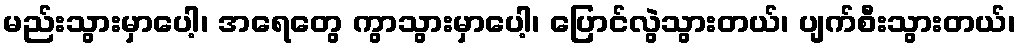
မည်းသွားမှာပေါ့၊ အရေတွေ ကွာသွားမှာပေါ့၊ ပြောင်လွဲသွားတယ်၊ ပျက်စီးသွားတယ်၊